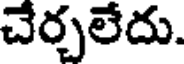
చేర్చలేదు.